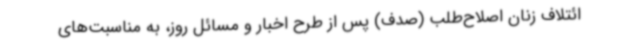
ائتلاف زنان اصلاح‌طلب (صدف) پس از طرح اخبار و مسائل روز، به مناسبت‌های